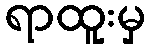
ရာထူးမှ